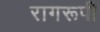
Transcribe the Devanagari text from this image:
रागरूपी